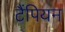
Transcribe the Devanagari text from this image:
टैंपियन